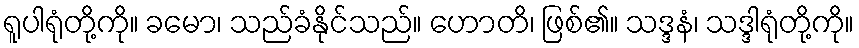
ရူပါရုံတို့ကို။ ခမော၊ သည်ခံနိုင်သည်။ ဟောတိ၊ ဖြစ်၏။ သဒ္ဒနံ၊ သဒ္ဒါရုံတို့ကို။